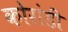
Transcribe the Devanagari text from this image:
कोरांडी